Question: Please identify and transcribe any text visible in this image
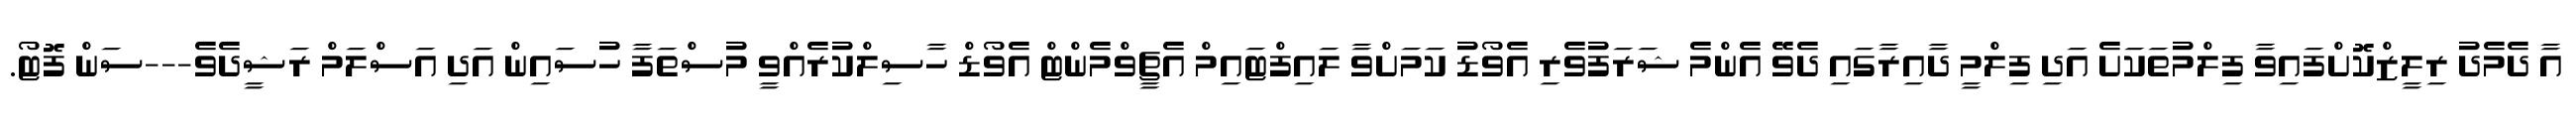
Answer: އާ ދެމެދު ރިލީޒްކޮށްފައިވާ ފިލްމުތަކަށެ އަދި ފިލްމީ ދާއިރާގައި ދެވޭ އެންމެ ޝަރަފުވެރި އެވޯޑު ކަމަށްވާ ލައިފްޓައިމް އެޗީވްމެންޓް އެވޯޑް ހާސިލްކުރެއްވީ މުސްތަފާ ހުސައިން އަދި އަސްލަމް ރަޝީދެވެ---ސަން ފޮޓޯ.